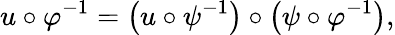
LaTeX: u\circ\varphi^{-1}={\big(}u\circ\psi^{-1}{\big)}\circ{\big(}\psi\circ\varphi^{-1}{\big)},